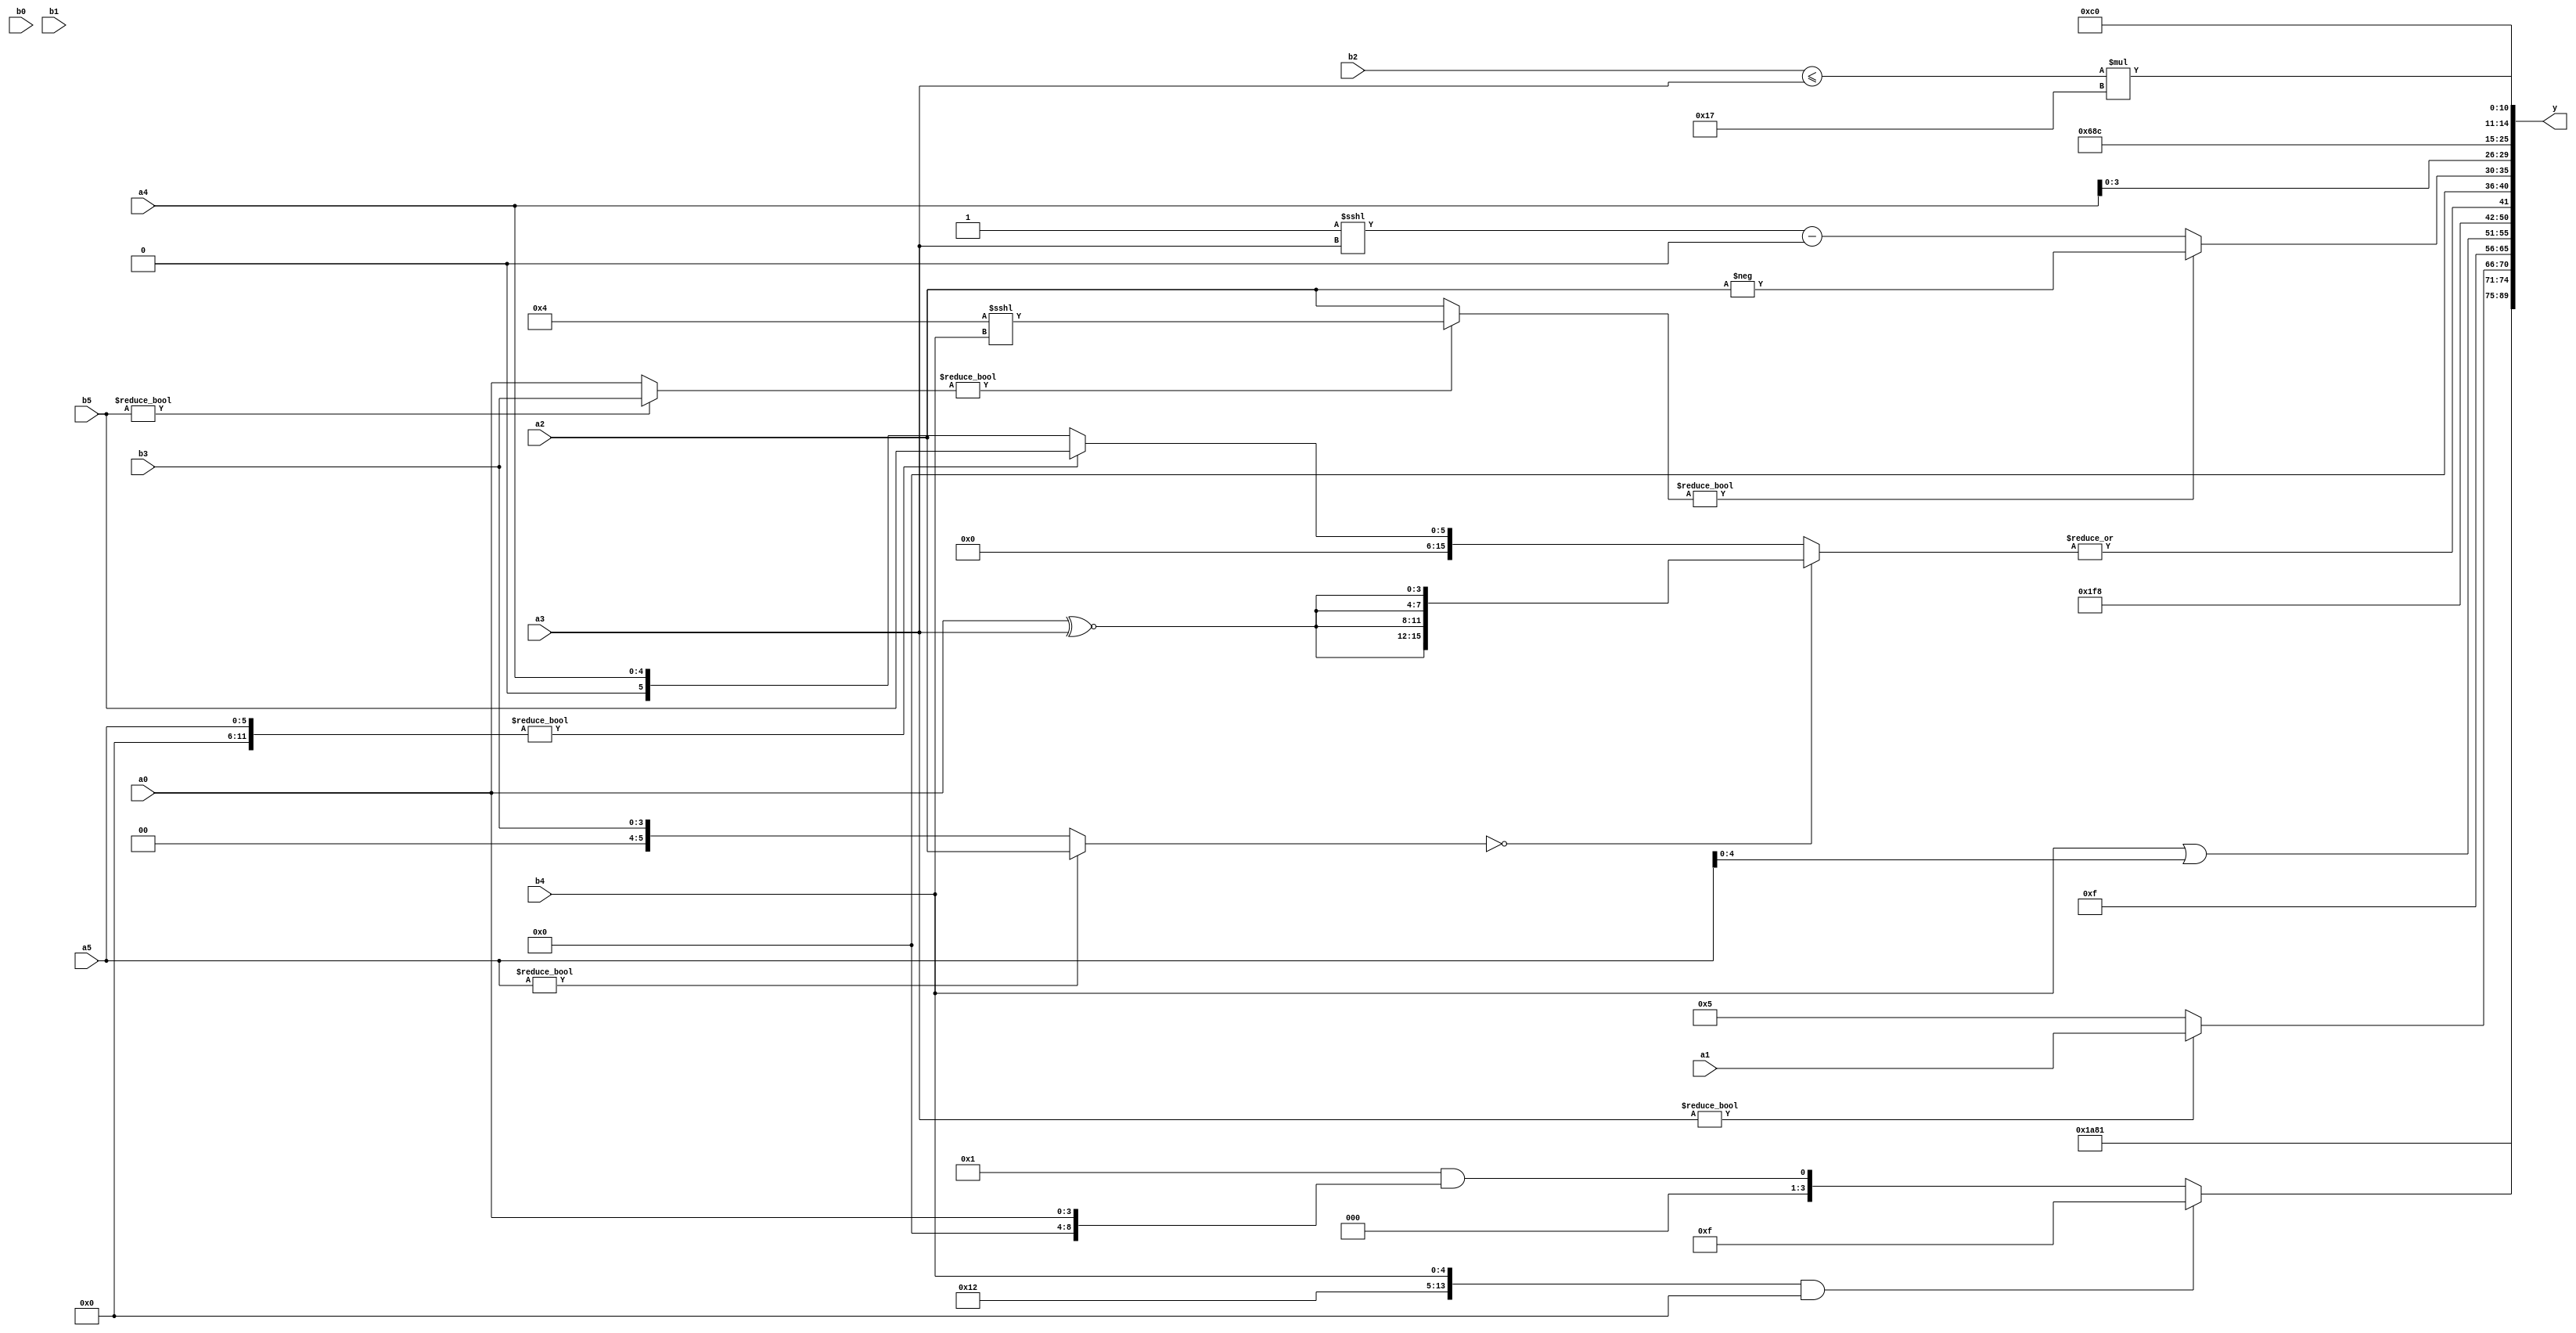
module expression_00545(a0, a1, a2, a3, a4, a5, b0, b1, b2, b3, b4, b5, y);
  input [3:0] a0;
  input [4:0] a1;
  input [5:0] a2;
  input signed [3:0] a3;
  input signed [4:0] a4;
  input signed [5:0] a5;

  input [3:0] b0;
  input [4:0] b1;
  input [5:0] b2;
  input signed [3:0] b3;
  input signed [4:0] b4;
  input signed [5:0] b5;

  wire [3:0] y0;
  wire [4:0] y1;
  wire [5:0] y2;
  wire signed [3:0] y3;
  wire signed [4:0] y4;
  wire signed [5:0] y5;
  wire [3:0] y6;
  wire [4:0] y7;
  wire [5:0] y8;
  wire signed [3:0] y9;
  wire signed [4:0] y10;
  wire signed [5:0] y11;
  wire [3:0] y12;
  wire [4:0] y13;
  wire [5:0] y14;
  wire signed [3:0] y15;
  wire signed [4:0] y16;
  wire signed [5:0] y17;

  output [89:0] y;
  assign y = {y0,y1,y2,y3,y4,y5,y6,y7,y8,y9,y10,y11,y12,y13,y14,y15,y16,y17};

  localparam [3:0] p0 = {{(-2'sd1),(2'd1)},{2{(3'd1)}},(~(~&(2'd0)))};
  localparam [4:0] p1 = ({((5'd21)|(-2'sd1)),((3'd6)==(3'sd1)),(-(3'd0))}&(~^({(4'd9),(-4'sd6)}^((3'sd1)<(3'd6)))));
  localparam [5:0] p2 = (3'd3);
  localparam signed [3:0] p3 = (((5'd20)?(4'd7):(-4'sd6))^~{(3'd7),(2'sd0)});
  localparam signed [4:0] p4 = (((4'sd0)?(5'd31):(4'd15))?((-4'sd3)==(3'sd2)):((5'd19)===(5'sd12)));
  localparam signed [5:0] p5 = {((2'd3)&&(4'd3)),(4'd2 * (2'd0)),((-2'sd0)&(-4'sd4))};
  localparam [3:0] p6 = (3'sd3);
  localparam [4:0] p7 = ((~^(3'd2))^(2'd2));
  localparam [5:0] p8 = (((4'd2 * (5'd21))+((-5'sd14)>>>(5'd19)))>>>(5'd23));
  localparam signed [3:0] p9 = (((&((4'd3)<(3'd7)))!=((-3'sd0)<=(3'd3)))<=((~^((-5'sd5)===(5'd2)))>=((3'd5)?(3'd3):(4'sd5))));
  localparam signed [4:0] p10 = ((!((-3'sd3)*(-5'sd4)))?((~^(-3'sd2))>(~(-2'sd1))):(~&((-4'sd1)+(3'd7))));
  localparam signed [5:0] p11 = {{(4'd10)}};
  localparam [3:0] p12 = {(-3'sd3)};
  localparam [4:0] p13 = (|((5'd24)+(3'd2)));
  localparam [5:0] p14 = (((2'd3)|(2'd0))?(3'd3):((5'd18)*(5'd3)));
  localparam signed [3:0] p15 = ((4'd7)^~(2'd3));
  localparam signed [4:0] p16 = ((((3'd3)>(5'd30))<{(5'sd1),(4'sd5)})^({(-3'sd0),(2'd3)}&(5'sd8)));
  localparam signed [5:0] p17 = (+((+(-((2'sd0)<<(-4'sd7))))>>(!(~&(^((-5'sd11)!==(-5'sd11)))))));

  assign y0 = (2'd3);
  assign y1 = {p11};
  assign y2 = (p2?p16:a2);
  assign y3 = (({p16,p0,b4}&&(p0?p8:p0))?(~(p8&p11)):((p13?p16:p3)&&{p1,a0}));
  assign y4 = {1{(a3?a1:p12)}};
  assign y5 = $signed((~^(|{(6'd2 * {p1,p13,p1})})));
  assign y6 = $signed(((5'sd12)>=$unsigned(((3'd6)))));
  assign y7 = ($signed({1{(b4|a5)}}));
  assign y8 = (~(!(2'd1)));
  assign y9 = (!(~|((!{1{((a5?a2:b3))}})?{4{(a0^~a3)}}:({p17,a5}?(p9?b5:b3):{a4}))));
  assign y10 = ((p4?p15:p12)&&(p10&p3));
  assign y11 = $unsigned($signed((((b5?b3:a0)?(p3<<<b4):$signed(a2))?(-({3{a2}})):((p16<<<a3)-{3{p1}}))));
  assign y12 = {3{a4}};
  assign y13 = {1{(-5'sd6)}};
  assign y14 = ((p14+p11)^(~^(p0<=p4)));
  assign y15 = ((b2<=a3)*(5'd23));
  assign y16 = (3'd3);
  assign y17 = ($unsigned((4'd2 * {p7,p8,p1}))<((p11>p12)?(~|(p0<p15)):{$signed(p9)}));
endmodule